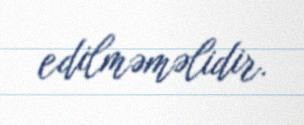
edilməməlidir.